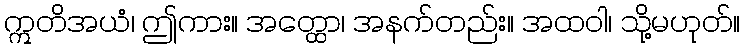
ဣတိအယံ၊ ဤကား။ အတ္ထော၊ အနက်တည်း။ အထဝါ၊ သို့မဟုတ်။